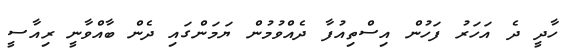
ހާދީ ދެ އަހަރު ފަހުން އިސްތިއުފާ ދެއްވުމުން ޔަމަންގައި ދެން ބާއްވާނީ ރިއާސީ